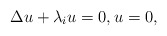
\begin{align*}\Delta u + \lambda_i u = 0 , u = 0 ,\end{align*}